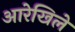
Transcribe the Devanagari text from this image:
आरेखिले